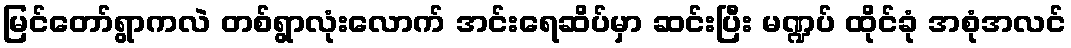
မြင်တော်ရွာကလဲ တစ်ရွာလုံးလောက် အင်းရေဆိပ်မှာ ဆင်းပြီး မဏ္ဍပ် ထိုင်ခုံ အစုံအလင်